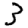
Digit: 3